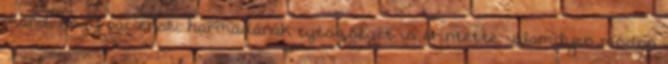
mond, hogy páciensei harmadának egészségét is érintette valamilyen módon